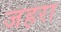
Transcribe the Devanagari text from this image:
जहरा